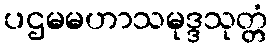
ပဌမမဟာသမုဒ္ဒသုတ္တံ